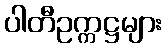
ပါတီဥက္ကဋ္ဌများ